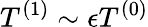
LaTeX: T^{(1)}\sim\epsilon T^{(0)}